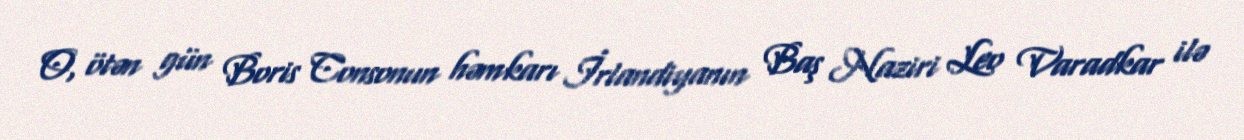
O, ötən gün Boris Consonun həmkarı İrlandiyanın Baş Naziri Leo Varadkar ilə